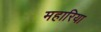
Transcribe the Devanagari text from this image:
महारिया